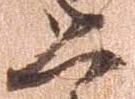
恐